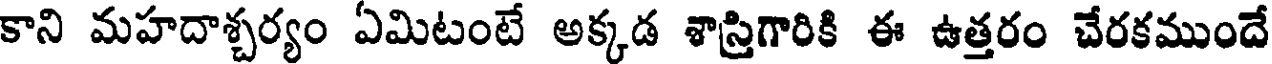
కాని మహదాశ్చర్యం ఏమిటంటే అక్కడ శాస్రిగారికి ఈ ఉత్తరం చేరకముందే